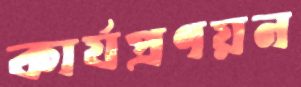
কার্যপ্রণয়ন